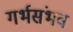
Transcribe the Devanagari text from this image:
गर्भसंभव